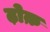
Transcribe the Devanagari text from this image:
ढ़ोक़